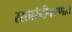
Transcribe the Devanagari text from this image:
रस्तारुंदीकरणात